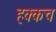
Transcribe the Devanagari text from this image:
हक्कच